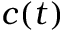
c ( t )